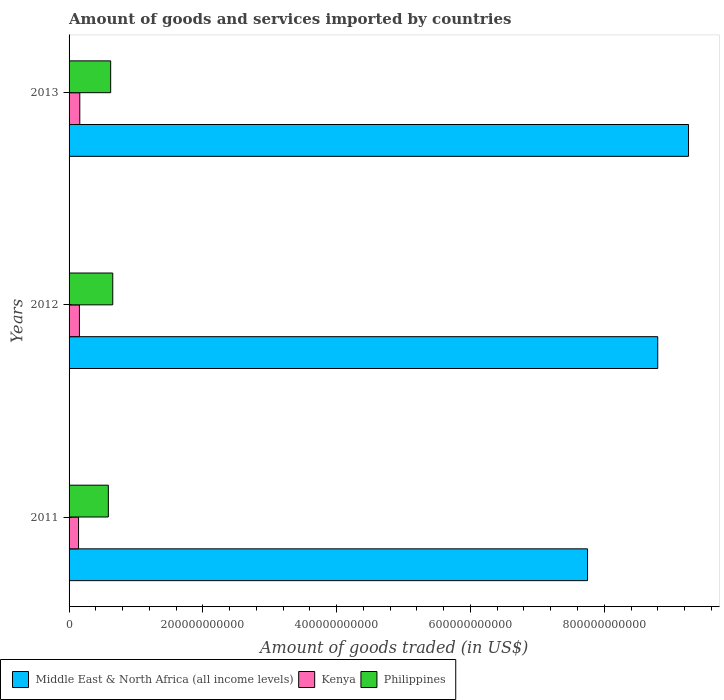
| Years | Middle East & North Africa (all income levels) | Kenya | Philippines |
 | --- | --- | --- | --- |
 | 2011 | 7.75e+11 | 1.42e+10 | 5.87e+10 |
 | 2012 | 8.8e+11 | 1.55e+10 | 6.53e+10 |
 | 2013 | 9.26e+11 | 1.6e+10 | 6.22e+10 |